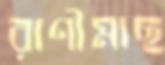
রাণীমাছ